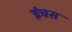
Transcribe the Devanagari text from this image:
इंचस